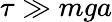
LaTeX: \tau\gg mga